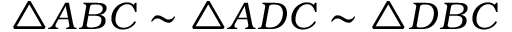
\triangle A B C \sim \triangle A D C \sim \triangle D B C